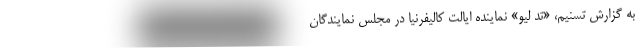
به گزارش تسنیم،‌ «تد لیو» نماینده ایالت کالیفرنیا در مجلس نمایندگان